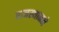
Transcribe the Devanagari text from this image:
राजस्थानने